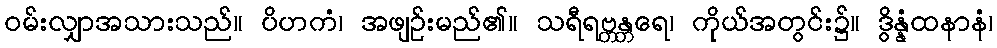
ဝမ်းလျှာအသားသည်။ ပိဟကံ၊ အဖျဉ်းမည်၏။ သရီရဗ္တန္တရေ၊ ကိုယ်အတွင်း၌။ ဒွိန္နံထနာနံ၊